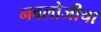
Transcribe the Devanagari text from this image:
नवलोजीचा